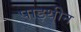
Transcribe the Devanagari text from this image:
पाइथीन